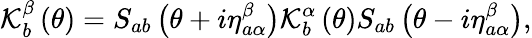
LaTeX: \mathcal{K}_{b}^{\beta}\left(\theta\right)=S_{ab}\left(\theta+i\eta_{a\alpha}^{\beta}\right)\mathcal{K}_{b}^{\alpha}\left(\theta\right)S_{ab}\left(\theta-i\eta_{a\alpha}^{\beta}\right),